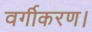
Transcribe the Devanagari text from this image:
वर्गीकरण।